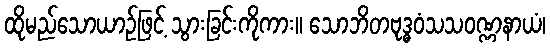
ထိုမည်သောယာဉ်ဖြင့် သွားခြင်းကိုကား။ သောဘိတဗုဒ္ဓဝံသသဝဏ္ဏနာယံ၊